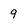
Character: 9